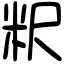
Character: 粎